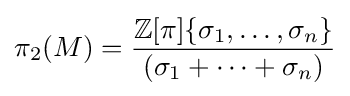
\pi _{2}(M)={\frac {\mathbb {Z} [\pi ]\{\sigma _{1},\ldots ,\sigma _{n}\}}{(\sigma _{1}+\cdots +\sigma _{n})}}